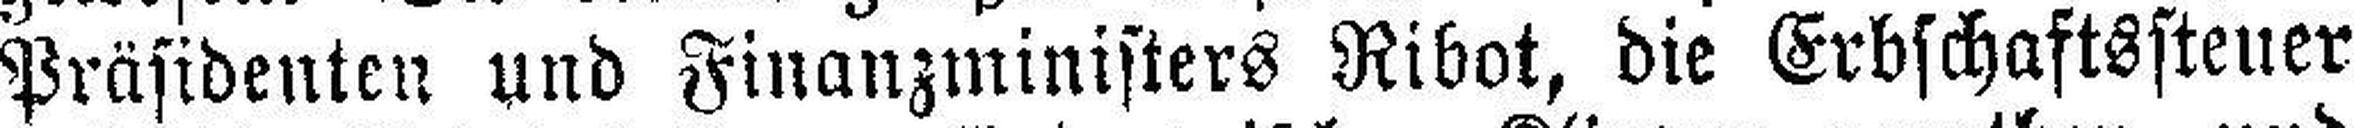
Präsidenten und Finanzministers Ribot, die Erbschaftssteuer